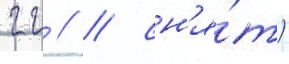
гг // / сн'я́т)